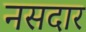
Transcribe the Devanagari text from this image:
नसदार